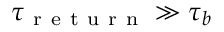
\tau _ { \mathrm { ~ r ~ e ~ t ~ u ~ r ~ n ~ } } \gg \tau _ { b }